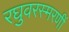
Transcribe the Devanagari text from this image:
रघुवरस्मरणीं